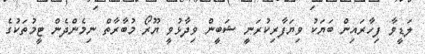
ލަޑީވާ ފިހާރައިން ބަޔަކު ވިޔަފާރިކުރަނީ ޝަބީން ވިދާޅުވީ ޔޫރޯ މުބާރާތް ނިމެންދެން ޓީމުތަކުގެ